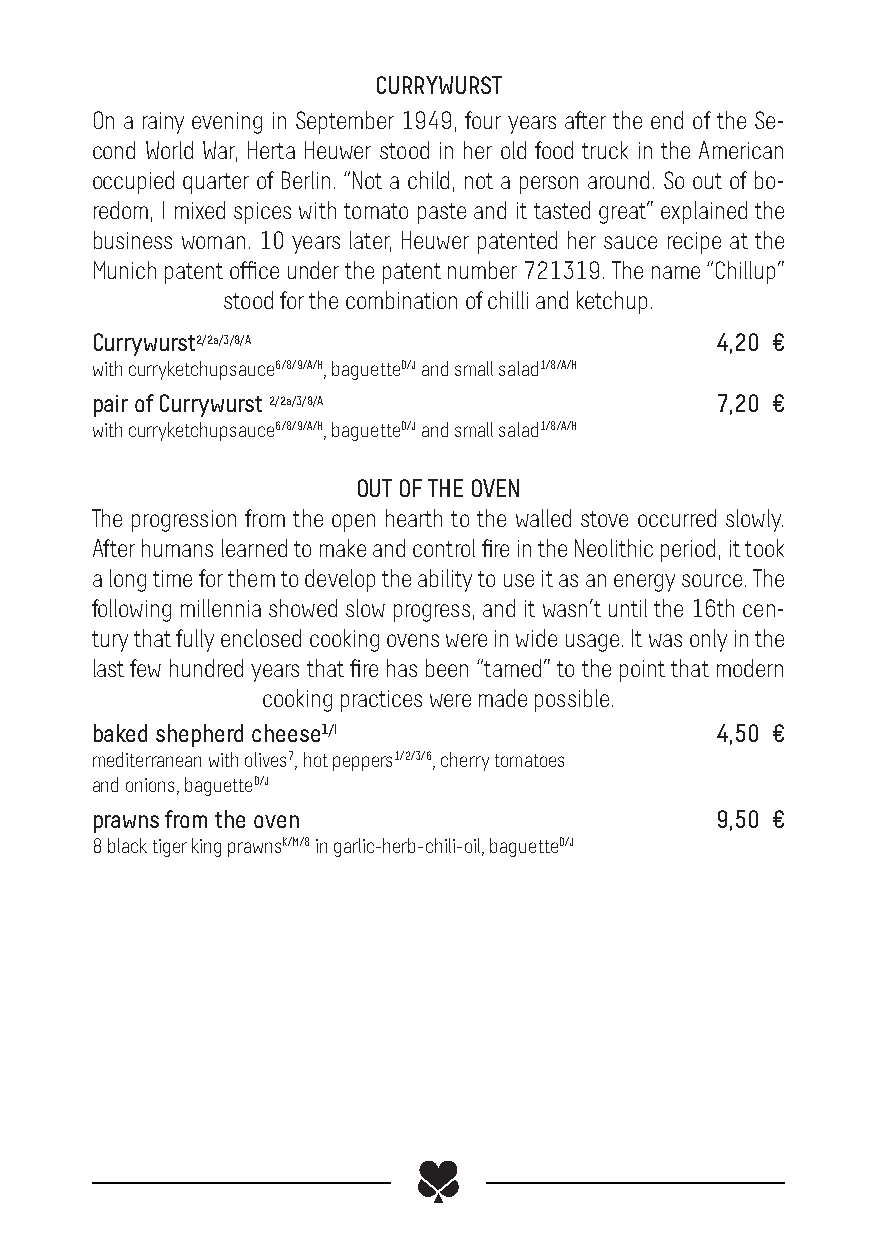
CURRYWURST
 On a rainy evening in September 1949, four years after the end of the Se-
 cond World War, Herta Heuwer stood in her old food truck in the American
 occupied quarter of Berlin. “Not a child, not a person around. So out of bo-
 redom, I mixed spices with tomato paste and it tasted great” explained the
 business woman. 10 years later, Heuwer patented her sauce recipe at the
 Munich patent office under the patent number 721319. The name “Chillup”
 stood for the combination of chilli and ketchup.
 Currywurst2/2a/3/8/A                     4,20 €
 with curryketchupsauce6/8/9/A/H, baguetteD/J and small salad1/8/A/H
 pair of Currywurst 2/2a/3/8/A            7,20 €
 with curryketchupsauce6/8/9/A/H, baguetteD/J and small salad1/8/A/H
 OUT OF THE OVEN
 The progression from the open hearth to the walled stove occurred slowly.
 After humans learned to make and control fire in the Neolithic period, it took
 a long time for them to develop the ability to use it as an energy source. The
 following millennia showed slow progress, and it wasn’t until the 16th cen-
 tury that fully enclosed cooking ovens were in wide usage. It was only in the
 last few hundred years that fire has been “tamed” to the point that modern
 cooking practices were made possible.
 baked shepherd cheese1/I                 4,50 €
 mediterranean with olives7, hot peppers1/2/3/6, cherry tomatoes
 and onions, baguetteD/J
 prawns from the oven                     9,50 €
 8 black tiger king prawnsK/M/8 in garlic-herb-chili-oil, baguetteD/J